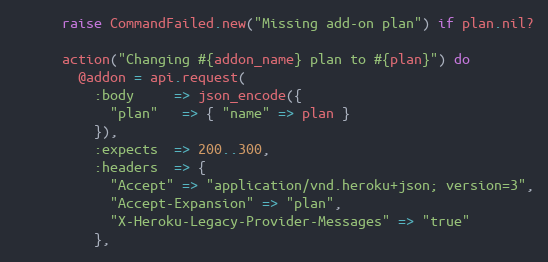
Language: Ruby
      raise CommandFailed.new("Missing add-on plan") if plan.nil?

      action("Changing #{addon_name} plan to #{plan}") do
        @addon = api.request(
          :body     => json_encode({
            "plan"   => { "name" => plan }
          }),
          :expects  => 200..300,
          :headers  => {
            "Accept" => "application/vnd.heroku+json; version=3",
            "Accept-Expansion" => "plan",
            "X-Heroku-Legacy-Provider-Messages" => "true"
          },